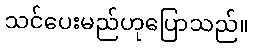
သင်ပေးမည်ဟုပြောသည်။